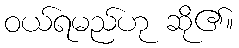
ဝယ်ရမည်ဟု ဆို၏။